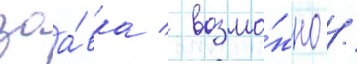
заа́вка / возмо́жно /